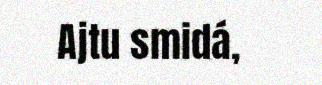
Ajtu smidá,